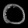
Digit: ၀